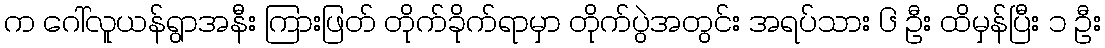
က ဂေါ်လူယန်ရွာအနီး ကြားဖြတ် တိုက်ခိုက်ရာမှာ တိုက်ပွဲအတွင်း အရပ်သား ၆ ဦး ထိမှန်ပြီး ၁ ဦး